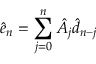
\hat { e } _ { n } = \sum _ { j = 0 } ^ { n } \hat { A } _ { j } \hat { d } _ { n - j }